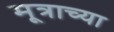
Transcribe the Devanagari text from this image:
मूत्राच्या